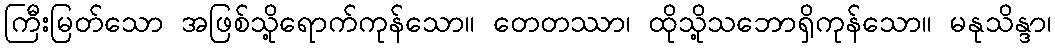
ကြီးမြတ်သော အဖြစ်သို့ရောက်ကုန်သော။ တေတဿာ၊ ထိုသို့သဘောရှိကုန်သော။ မနုသိန္ဒာ၊